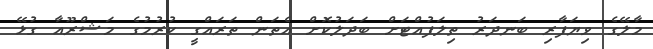
މާލޭގެ ވިޔަފާރި ބަނދަރު ތިލަފުއްޓަށް ބަދަލުކޮށް އެތަން ތަރައްގީ ކުރުމުގެ މަޝްރޫއާ ގުޅޭ